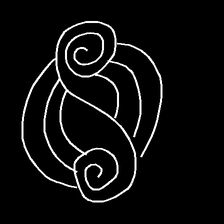
Glyph: wind-underfoot